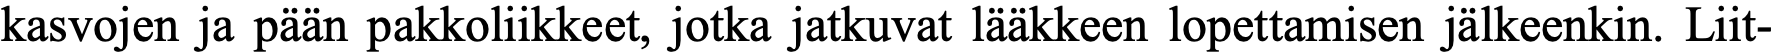
kasvojen ja pään pakkoliikkeet, jotka jatkuvat lääkkeen lopettamisen jälkeenkin. Liit-